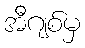
အီဂျစ်မှ